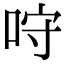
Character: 𠱔